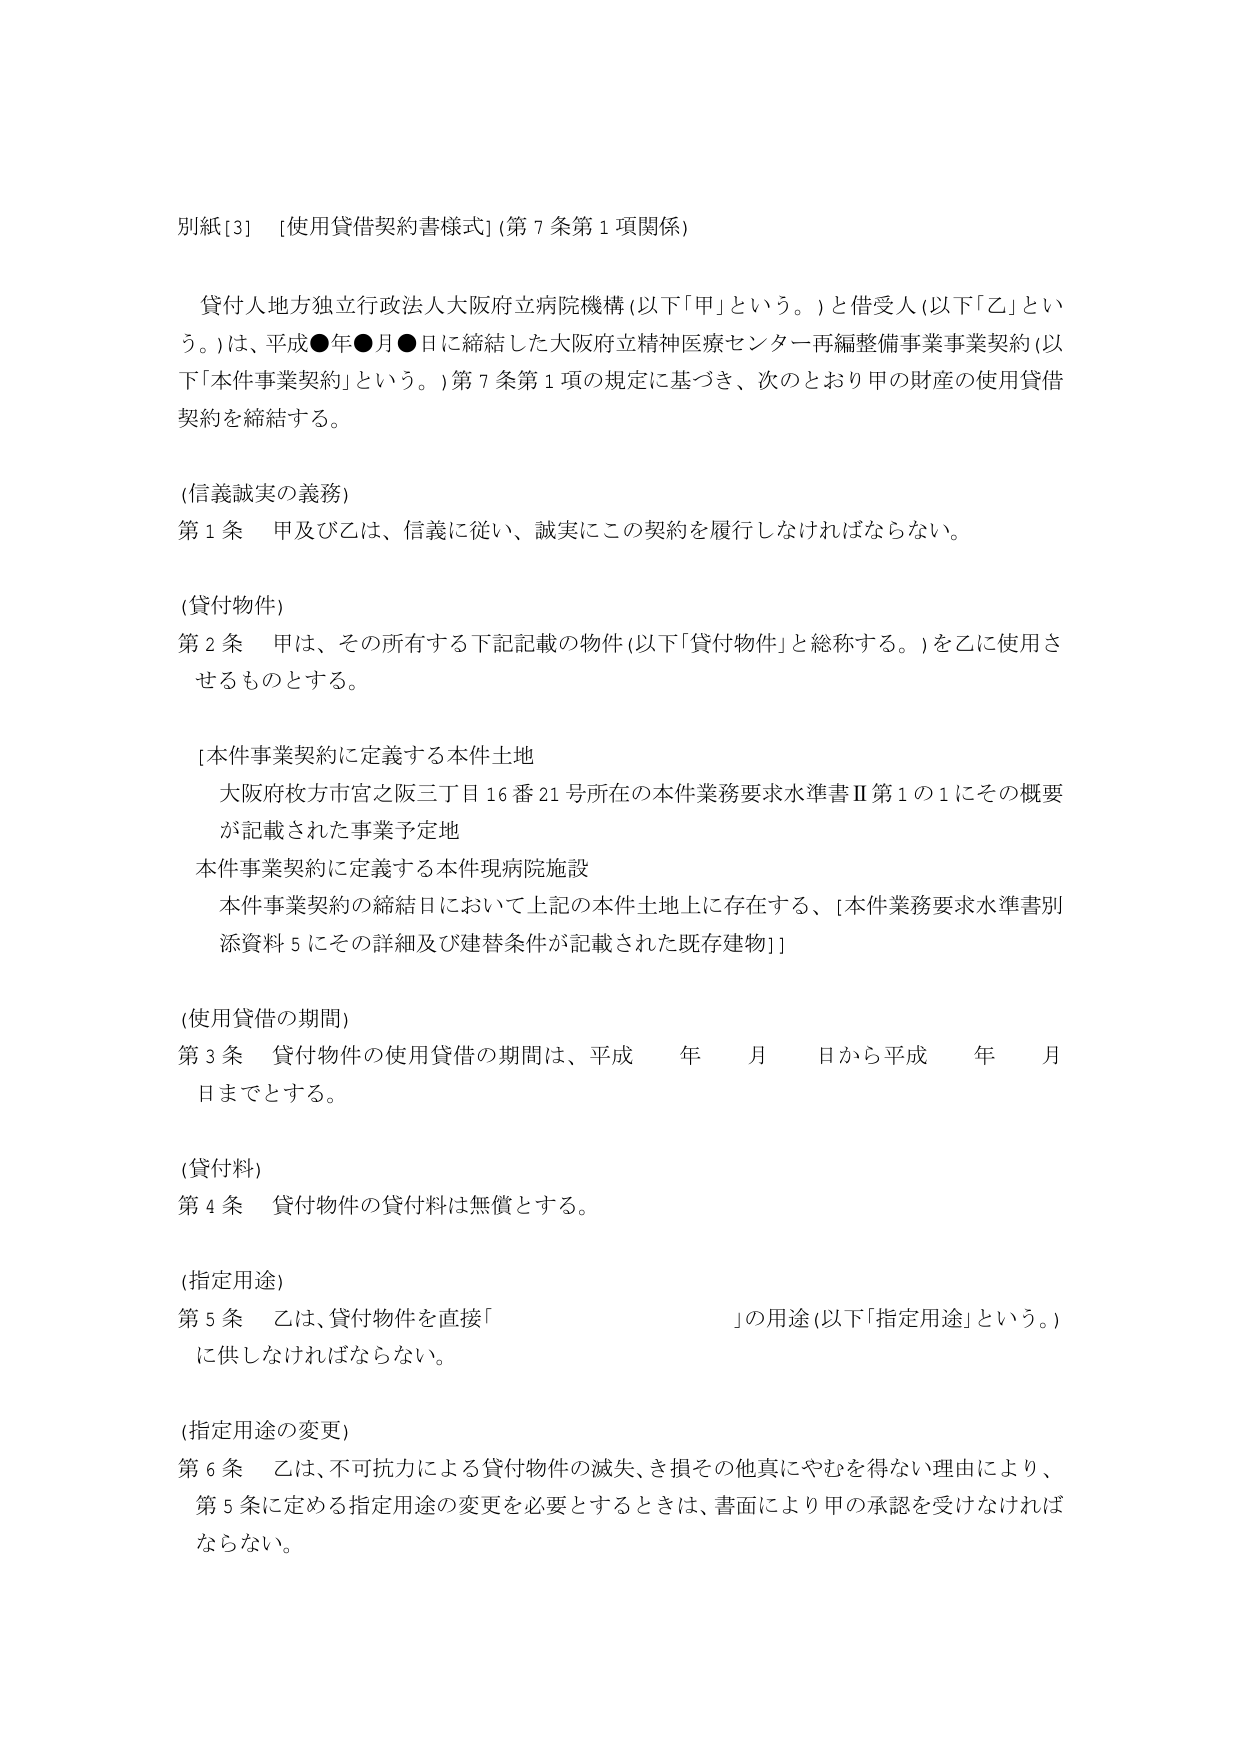
別紙[3]　[使用貸借契約書様式](第7条第1項関係)

　貸付人地方独立行政法人大阪府立病院機構(以下「甲」という。)と借受人(以下「乙」という。)は、平成●年●月●日に締結した大阪府立精神医療センター再編整備事業事業契約(以下「本件事業契約」という。)第7条第1項の規定に基づき、次のとおり甲の財産の使用貸借契約を締結する。

(信義誠実の義務)
第1条　甲及び乙は、信義に従い、誠実にこの契約を履行しなければならない。

(貸付物件)
第2条　甲は、その所有する下記記載の物件(以下「貸付物件」と総称する。)を乙に使用させるものとする。

　[本件事業契約に定義する本件土地
　　大阪府枚方市宮之阪三丁目16番21号所在の本件業務要求水準書Ⅱ第1の1にその概要が記載された事業予定地
　本件事業契約に定義する本件現病院施設
　　本件事業契約の締結日において上記の本件土地上に存在する、[本件業務要求水準書別添資料5にその詳細及び建替条件が記載された既存建物]]

(使用貸借の期間)
第3条　貸付物件の使用貸借の期間は、平成　　年　　月　　日から平成　　年　　月　　日までとする。

(貸付料)
第4条　貸付物件の貸付料は無償とする。

(指定用途)
第5条　乙は、貸付物件を直接「　　　　　　　　　　　　　　　　」の用途(以下「指定用途」という。)に供しなければならない。

(指定用途の変更)
第6条　乙は、不可抗力による貸付物件の滅失、き損その他真にやむを得ない理由により、第5条に定める指定用途の変更を必要とするときは、書面により甲の承認を受けなければならない。